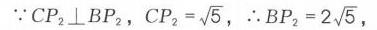
\(\because CP_{2}\perp BP_{2}\)，\(CP_{2}=\sqrt{5}\)，\(\therefore BP_{2}=2\sqrt{5}\)，